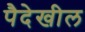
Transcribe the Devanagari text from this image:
पैदेखील